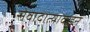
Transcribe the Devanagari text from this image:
सेवादात्याकडून